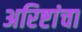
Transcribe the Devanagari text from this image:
अरिष्टांचा